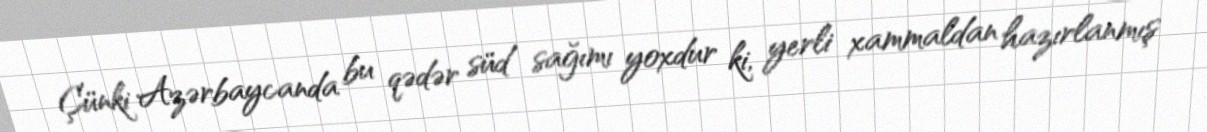
Çünki Azərbaycanda bu qədər süd sağımı yoxdur ki, yerli xammaldan hazırlanmış